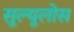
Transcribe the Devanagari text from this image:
सूल्यूलोस